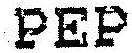
PEP